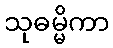
သုဓမ္မိကာ